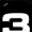
Digit: 3